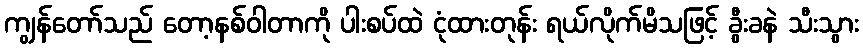
ကျွန်တော်သည် တော့နစ်ဝါတာကို ပါးစပ်ထဲ ငုံထားတုန်း ရယ်လိုက်မိသဖြင့် ခွီးခနဲ သီးသွား